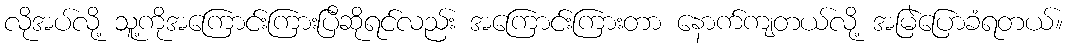
လိုအပ်လို့ သူ့ကိုအကြောင်းကြားပြီဆိုရင်လည်း အကြောင်းကြားတာ နောက်ကျတယ်လို့ အမြဲပြောခံရတယ်။